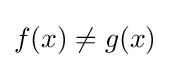
f(x)\neq g(x)